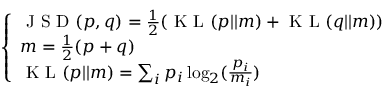
\left\{ \begin{array} { l l } { \mathrm { ~ J ~ S ~ D ~ } ( p , q ) = \frac { 1 } { 2 } ( \mathrm { ~ K ~ L ~ } ( p | | m ) + \mathrm { ~ K ~ L ~ } ( q | | m ) ) } \\ { m = \frac { 1 } { 2 } ( p + q ) } \\ { \mathrm { ~ K ~ L ~ } ( p | | m ) = \sum _ { i } p _ { i } \log _ { 2 } ( \frac { p _ { i } } { m _ { i } } ) } \end{array} \right.